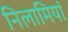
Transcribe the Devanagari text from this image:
निलामियां